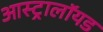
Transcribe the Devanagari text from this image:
आस्ट्रालॉयड